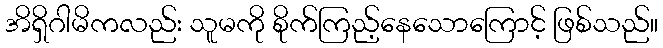
အိရှိဂါမိကလည်း သူမကို စိုက်ကြည့်နေသောကြောင့် ဖြစ်သည်။